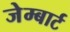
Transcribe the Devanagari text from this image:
जेम्बार्ट